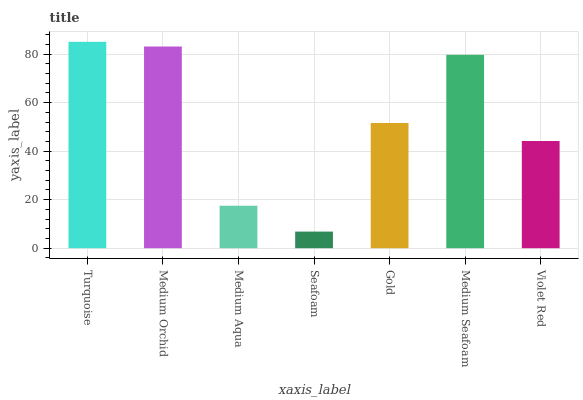
| xaxis_label | bars |
 | --- | --- |
 | Turquoise | 85.1 |
 | Medium Orchid | 83.1 |
 | Medium Aqua | 17.5 |
 | Seafoam | 6.85 |
 | Gold | 51.6 |
 | Medium Seafoam | 79.7 |
 | Violet Red | 44.2 |